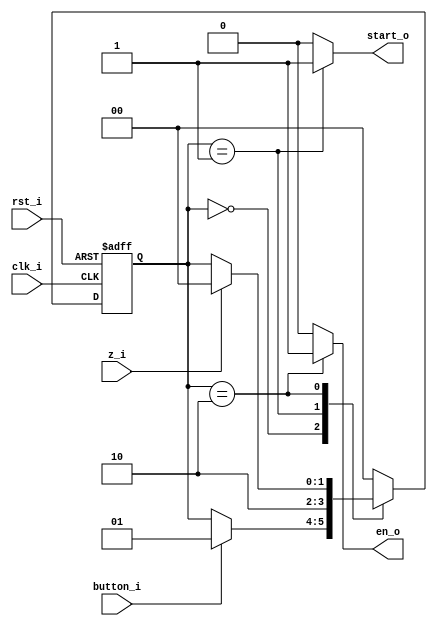
// Name: single_tick.v
//
// Description:

module fsm_tick (
  input       rst_i,
  input       clk_i,
  input       button_i,
  input       z_i,
  output reg  start_o,
  output reg  en_o
);

  localparam [1:0] s0 = 2'b00,
                   s1 = 2'b01,
                   s2 = 2'b10;

  reg [1:0] next_state, present_state;

  always @(button_i, z_i, present_state) begin
    start_o = 1'b0; en_o = 1'b0;
    next_state = present_state;
    case(present_state)
      s0: begin
            start_o = 1'b0; en_o = 1'b0;
            if (button_i)
              next_state = s1;
          end

      s1: begin
            start_o = 1'b1; en_o = 1'b0;
            next_state = s2;
          end

      s2: begin
            start_o = 1'b0; en_o = 1'b1;
            if (z_i)
              next_state = s0;
          end 

      default:  begin
                  next_state = s0;
                end
    endcase
  end

  always @(posedge clk_i, posedge rst_i) begin
    if (rst_i)
      present_state <= s0;
    else
      present_state <= next_state;
  end

endmodule